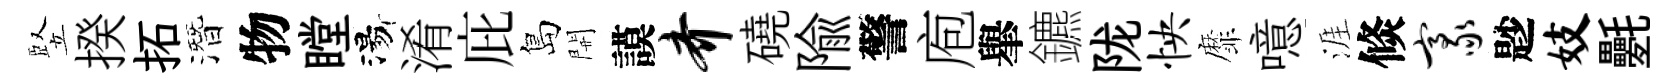
竪揆拓潛物瞠湯淆庇島開謨齐磽隃警庖𦦙鑣陇怏靡噫涯倐豪尟妓氎